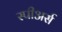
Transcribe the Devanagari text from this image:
स्पीअर्स